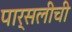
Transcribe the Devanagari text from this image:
पार्सलीची